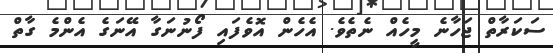
ސަކަރާތް ޖަހާނެ މީހެއް ނެތެވެ. އެހެން އޮވެފައި ފޯނުނަގާ އޭނަގެ އެންމެ ގާތް